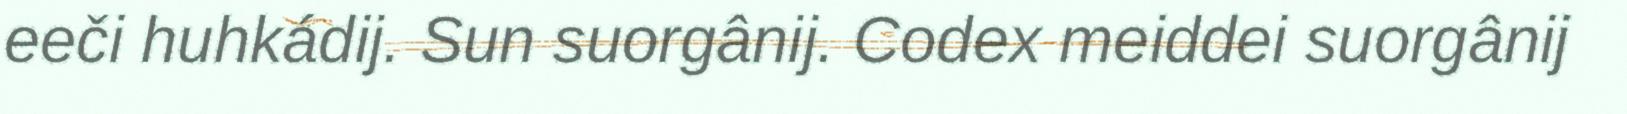
eeči huhkádij. Sun suorgânij. Codex meiddei suorgânij